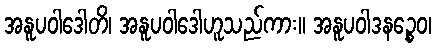
အနူပဝါဒေါတိ၊ အနူပဝါဒေါဟူသည်ကား။ အနူပဝါဒနဉ္စေဝ၊